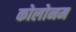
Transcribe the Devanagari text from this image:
कोलोनम